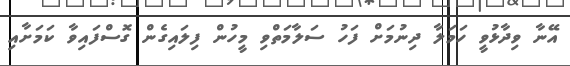
އޭނާ ވިދާޅުވީ ހަމަލާ ދިނުމަށް ފަހު ސަލާމަތްވި މީހުން ފިލައިގެން ގޮސްފައިވާ ކަމަށާއި